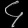
Digit: ၄